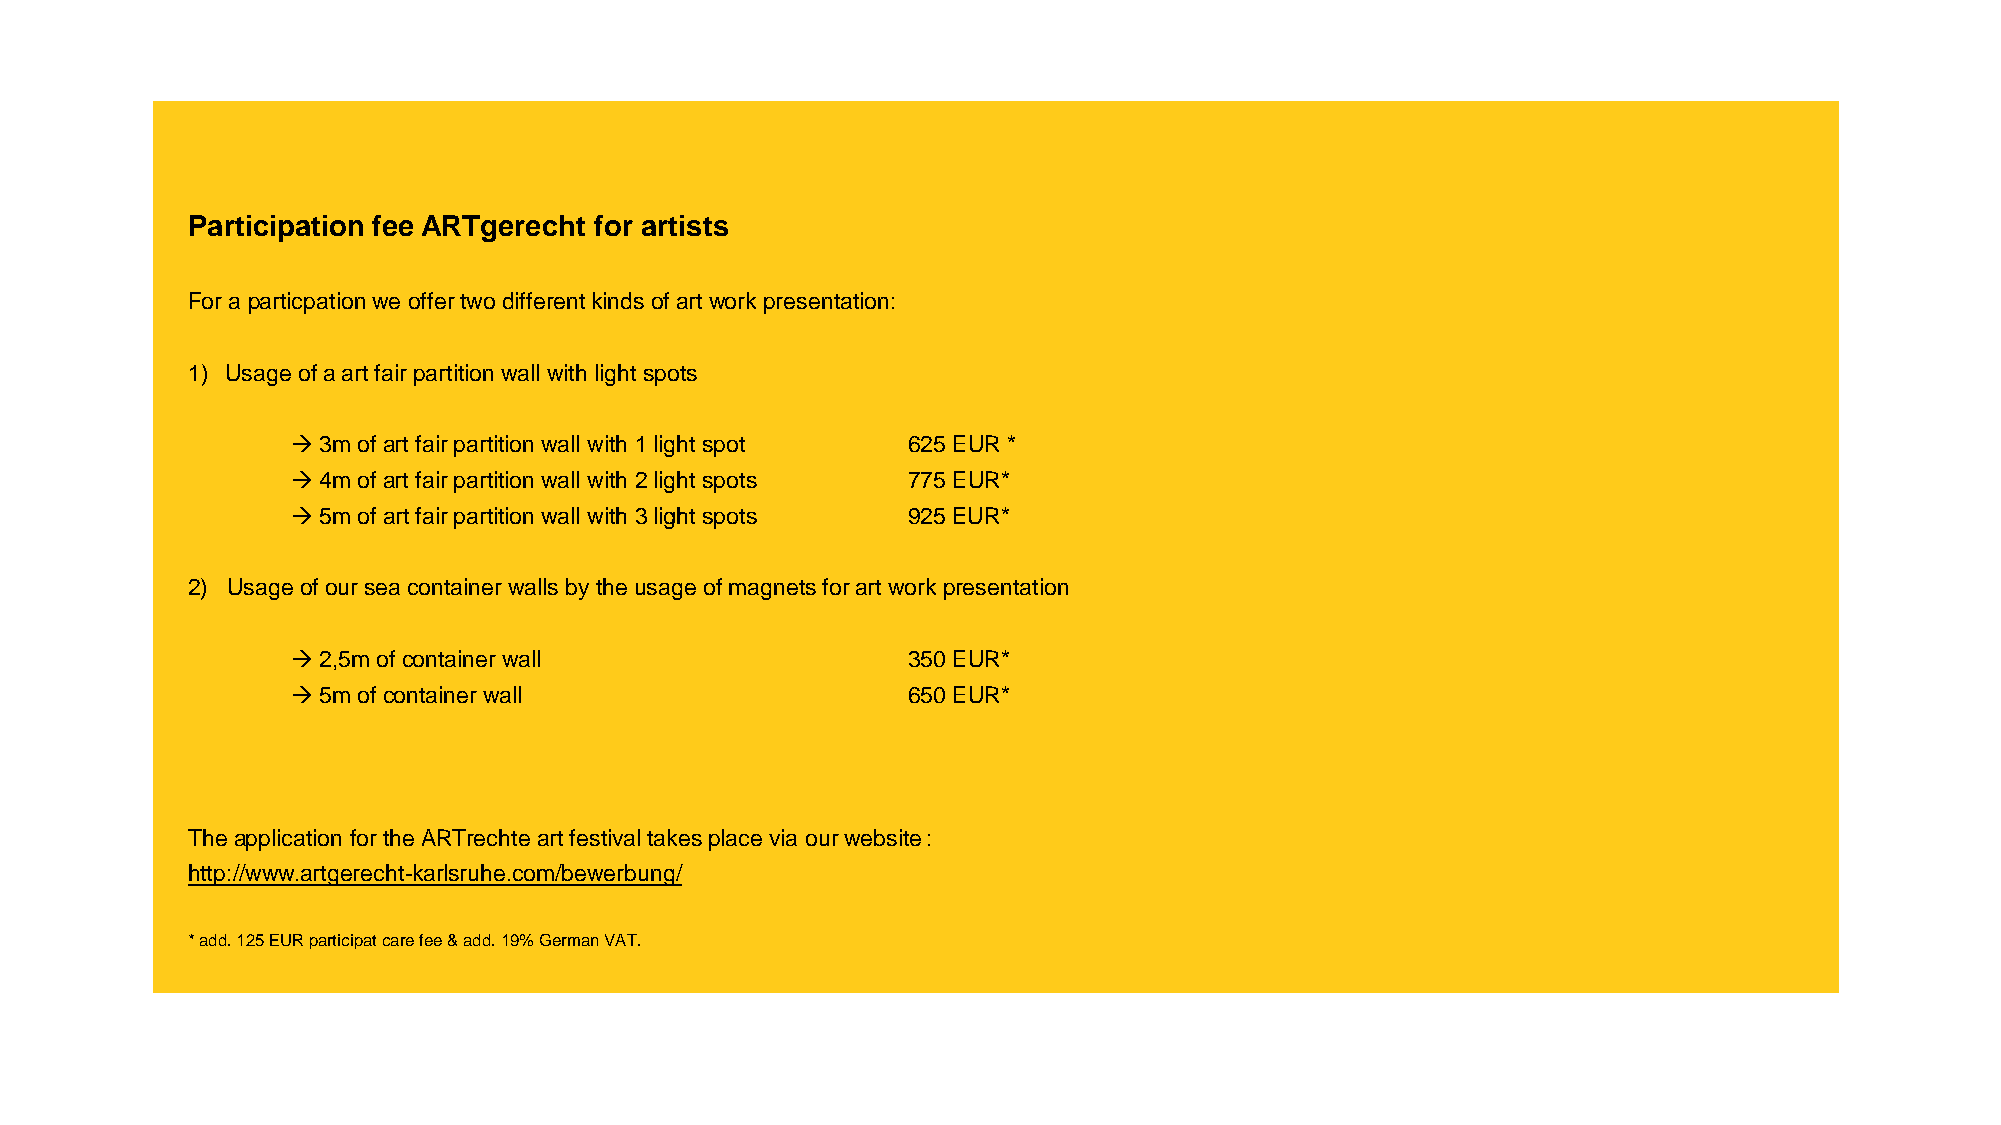
Participation fee ARTgerecht for artists
 Fora particpationwe offertwodifferent kinds ofart work presentation:
 1) Usageofa art fair partitionwall with light spots
 →3m  ofart fair partitionwall with 1 light spot 625 EUR *
 →4m  ofart fair partitionwall with 2 light spots 775 EUR*
 →5m  ofart fair partitionwall with 3 light spots 925 EUR*
 2) Usageofourseacontainerwalls by the usageofmagnetsforart work presentation
 →2,5m ofcontainerwall                    350 EUR*
 →5m  ofcontainerwall                     650 EUR*
 The application forthe ARTrechteart festivaltakesplace via ourwebsite:
 http://www.artgerecht-karlsruhe.com/bewerbung/
 * add. 125 EUR participatcare fee& add. 19% German VAT.